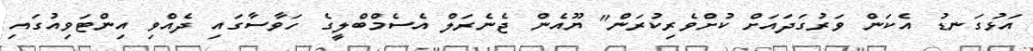
އަޅުގަނޑު އެކަން ވަރުގަދައަށް ކުށްވެރިކުރަން" ޔޫއެން ޖެނެރަލް އެސެމްބްލީގެ ހަވާސާގައި ދެއްވި އިންޓަވިއުގައި